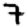
Digit: 7